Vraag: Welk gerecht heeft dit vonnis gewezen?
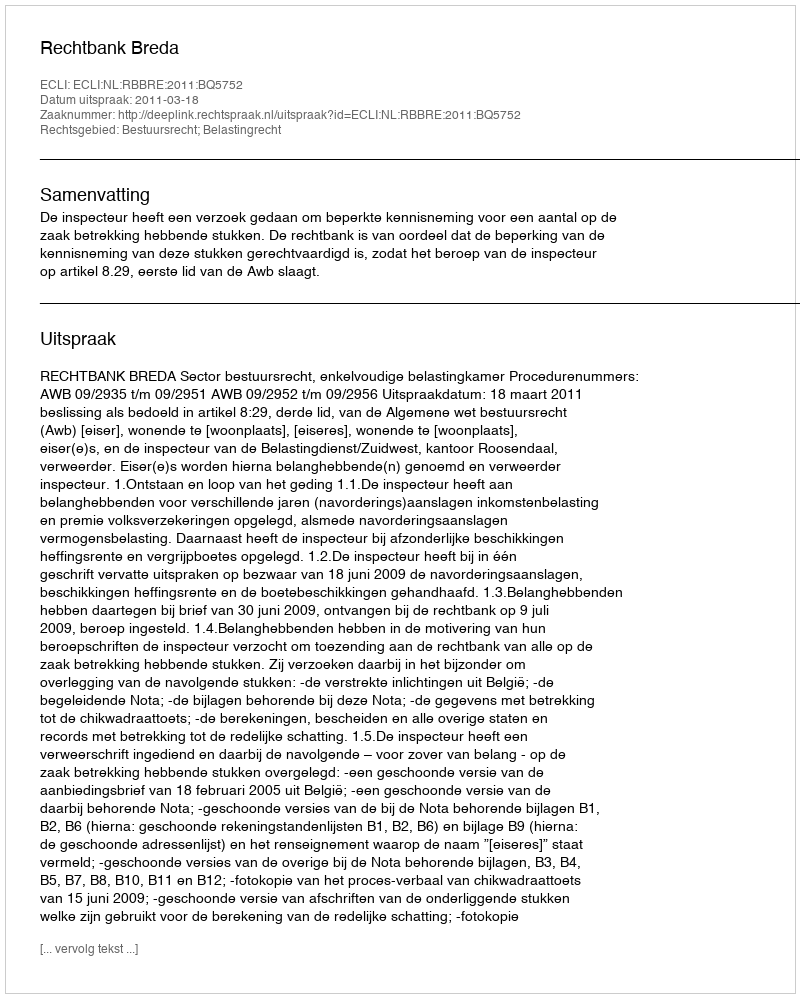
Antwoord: Rechtbank Breda